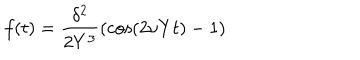
f ( t ) = { \frac { \delta ^ { 2 } } { 2 Y ^ { 3 } } } ( \cos ( 2 \nu Y t ) - 1 )